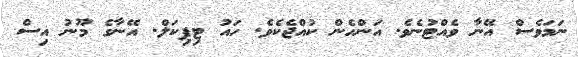
ނަމަވެސް އޭނާ ވެއްޓުނެވެ. އަންހެން ކުއްޖެކެވެ. ހައު ޓިޕިކަލް. އޭނާގެ މޫނު އިސް